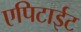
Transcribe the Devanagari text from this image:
एपिटाईट